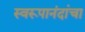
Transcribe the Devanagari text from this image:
स्वरूपानंदांचा